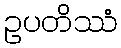
ဥပတိဿံ